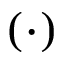
( \cdot )